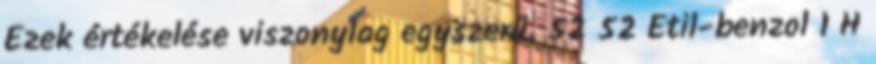
Ezek értékelése viszonylag egyszerű. 52 52 Etil-benzol 1 H